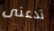
تدعنى